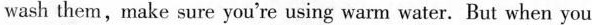
wash them, make sure you're using warm water. But when you